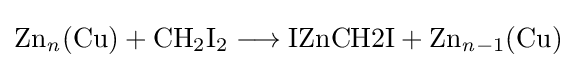
{\mathrm {Zn} {\vphantom {A}}_{\smash[{t}]{\mathit {n}}}(\mathrm {Cu} ){}+{}\mathrm {CH} {\vphantom {A}}_{\smash[{t}]{2}}\mathrm {I} {\vphantom {A}}_{\smash[{t}]{2}}{}\mathrel {\longrightarrow } {}{\text{IZnCH2I}}{}+{}\mathrm {Zn} {\vphantom {A}}_{\smash[{t}]{{\mathit {n}}-1}}(\mathrm {Cu} )}